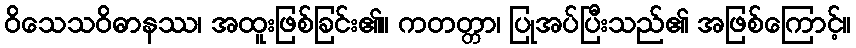
ဝိသေသဝိဓာနဿ၊ အထူးဖြစ်ခြင်း၏။ ကတတ္တာ၊ ပြုအပ်ပြီးသည်၏ အဖြစ်ကြောင့်။